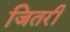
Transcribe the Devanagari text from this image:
जितरी